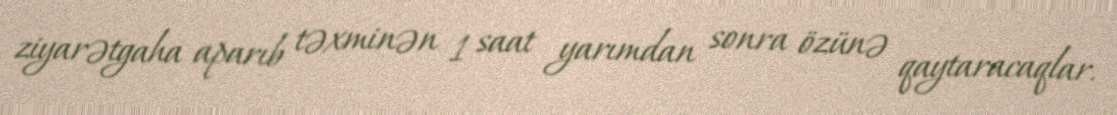
ziyarətgaha aparıb təxminən 1 saat yarımdan sonra özünə qaytaracaqlar.